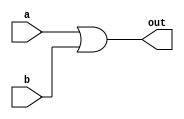
module or2(a,b,out);

    input a, b;
    output out;
    assign out = a | b;

endmodule